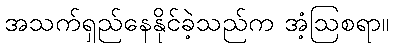
အသက်ရှည်နေနိုင်ခဲ့သည်က အံ့ဩစရာ။